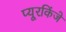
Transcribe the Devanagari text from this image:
प्यूरकिंजे